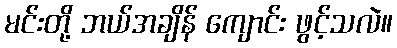
မင်းတို့ ဘယ်အချိန် ကျောင်း ဖွင့်သလဲ။